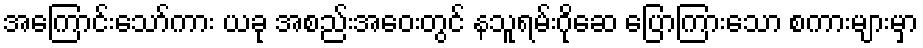
အကြောင်းသော်ကား ယခု အစည်းအဝေးတွင် နသူရမ်းဂိုဆေ ပြောကြားသော စကားများမှာ